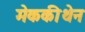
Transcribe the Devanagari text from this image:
मेककीथेन